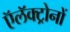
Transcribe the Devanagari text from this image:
ऍलॅक्ट्रोनों